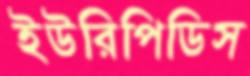
ইউরিপিডিস